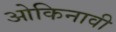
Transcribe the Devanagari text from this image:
ओकिनावी